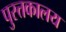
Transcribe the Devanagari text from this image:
पुस्त्तकालय